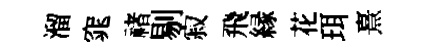
溜窕禇剔寂飛縁花珥熹